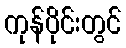
ကုန်ပိုင်းတွင်